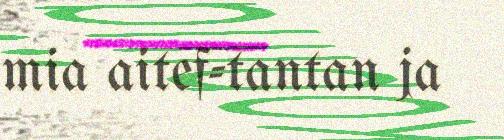
mia aitef-tantan ja